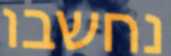
נחשבו